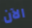
الآن